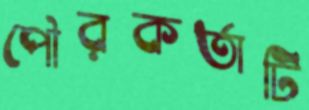
পৌরকর্তাটি